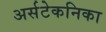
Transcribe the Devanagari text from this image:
अर्सटेकनिका